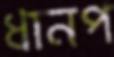
ধানপ